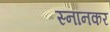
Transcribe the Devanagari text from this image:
स्नानकर